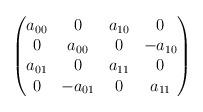
LaTeX: \begin{align*} \begin{pmatrix} a_{00} & 0 & a_{10} & 0\\ 0 & a_{00} & 0 & -a_{10}\\ a_{01} & 0 & a_{11} & 0\\ 0 & -a_{01} & 0 & a_{11} \end{pmatrix} \end{align*}